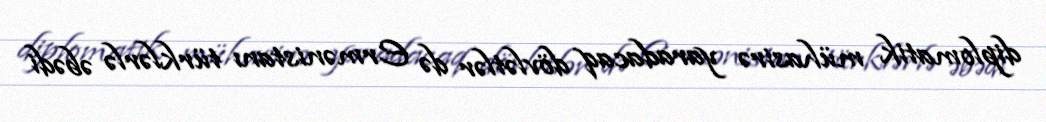
diplomatik mühasirə yaradacaq dövlətlər də Ermənistanı türklərlə əbədi